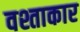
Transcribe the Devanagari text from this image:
वश्ताकार